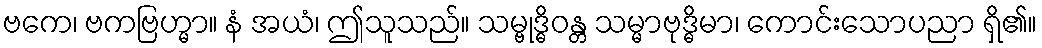
ဗကေ၊ ဗကဗြဟ္မာ။ နံ အယံ၊ ဤသူသည်။ သမ္ဗုဒ္ဓိဝန္တ သမ္မာဗုဒ္ဓိမာ၊ ကောင်းသောပညာ ရှိ၏။